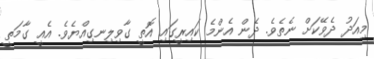
މިއަދު ދެވޭކަށް ނެތެވެ. ދެން އެންމެ ކައިރީގައި އޮތީ ގާވިލިނގިއްޔެވެ. އެއީ ގާމަތީ